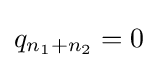
q_{n_{1}+n_{2}}=0